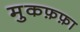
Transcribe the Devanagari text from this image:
मुकफ़फ़ा